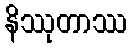
နိဿုတာဿ